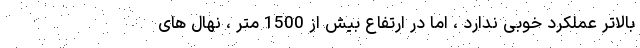
بالاتر عملکرد خوبی ندارد ، اما در ارتفاع بیش از 1500 متر ، نهال های